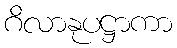
ဂိလာနုပဋ္ဌာကာ